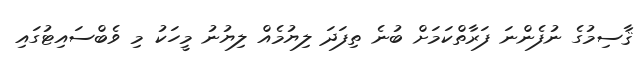
ޤާސިމުގެ ނުފެންނަ ފަރާތްކަމަށް ބުނެ ތިފަދަ ލިޔުމެއް ލިޔުނު މީހަކު މި ވެބްސައިޓުގައި